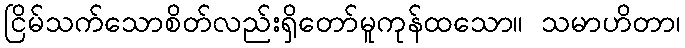
ငြိမ်သက်သောစိတ်လည်းရှိတော်မူကုန်ထသော။ သမာဟိတာ၊